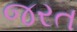
જરત